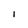
Character: I